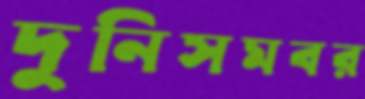
দুনিসমবর